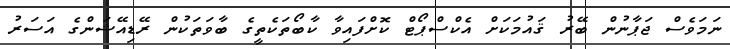
ނަމަވެސް ޖަޕާނުން ބޭރު ޤައުމަކަށް އެކްސްޕޯޓް ކޮށްފައިވާ ކާބޯތަކެތީގެ ބާވަތަކުން ރޭޑިއޭޝަންގެ އަސަރު